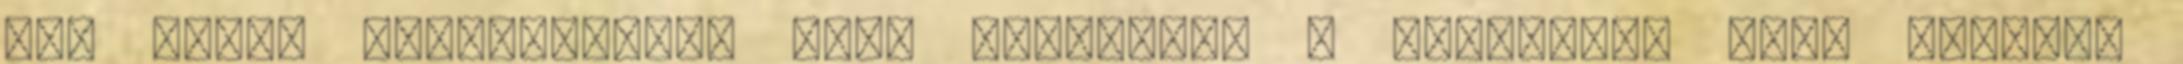
egy másik tésztalapot, amit megkenünk a narancsos krém felével